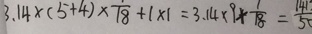
3 . 1 4 \times ( 5 + 4 ) \times \frac { 1 } { 1 8 } + 1 \times 1 = 3 . 1 4 \times 9 \times \frac { 1 } { 1 8 } = \frac { 1 4 1 } { 5 0 }